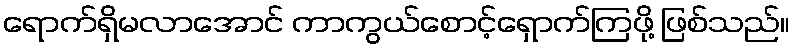
ရောက်ရှိမလာအောင် ကာကွယ်စောင့်ရှောက်ကြဖို့ ဖြစ်သည်။